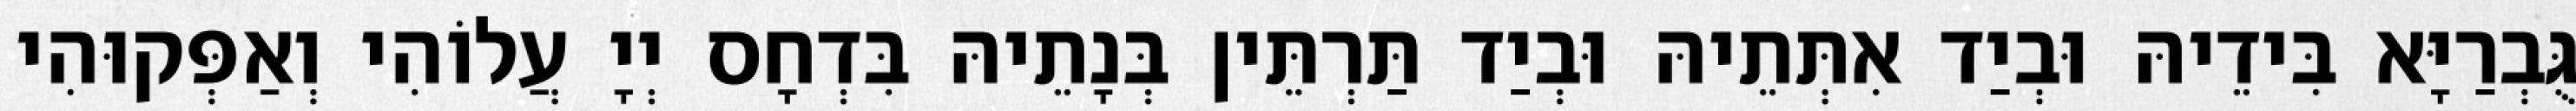
גֻּבְרַיָּא בִּידֵיהּ וּבְיַד אִתְּתֵיהּ וּבְיַד תַּרְתֵּין בְּנָתֵיהּ בִּדְחָס יְיָ עֲלוֹהִי וְאַפְּקוּהִי